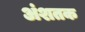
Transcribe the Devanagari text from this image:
अंशतक